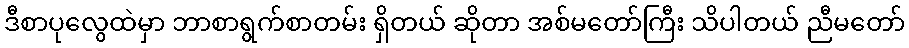
ဒီစာပုလွေထဲမှာ ဘာစာရွက်စာတမ်း ရှိတယ် ဆိုတာ အစ်မတော်ကြီး သိပါတယ် ညီမတော်